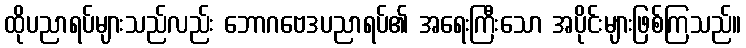
ထိုပညာရပ်များသည်လည်း ဘောဂဗေဒပညာရပ်၏ အရေးကြီးသော အပိုင်းများဖြစ်ကြသည်။